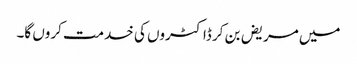
میں مریض بن کر ڈاکٹروں کی خدمت کروں گا۔